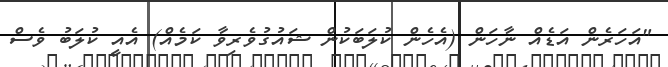
"އަހަރެން އަޑެއް ނާހަން (އެހެން ކުލަބަކުން ޝައުގުވެރިވާ ކަމެއް) އެއީ ކުލަބު ވެސް